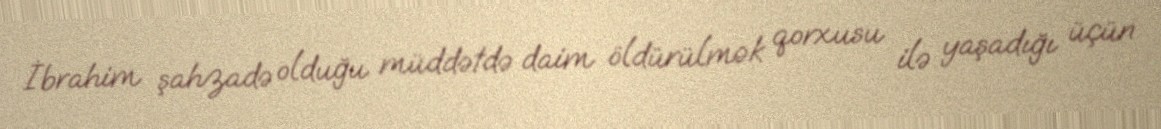
İbrahim şahzadə olduğu müddətdə daim öldürülmək qorxusu ilə yaşadığı üçün